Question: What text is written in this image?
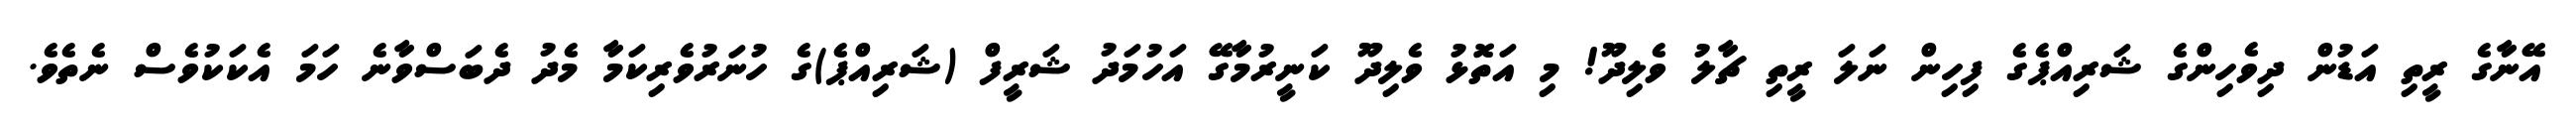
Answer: އޭނާގެ ރީތި އަޑުން ދިވެހިންގެ ޝަރިއްޕެގެ ފިހިން ނަލަ ރީތި ޗާލު ވެލިދޫ! މި އަތޮޅު ވެލިދޫ ކަނީރުމާގޭ އަހުމަދު ޝަރީފް (ޝަރިއްޕެ)ގެ ހުނަރުވެރިކަމާ މެދު ދެބަސްވާނެ ހަމަ އެކަކުވެސް ނެތެވެ.